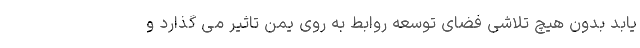
یابد بدون هیچ تلاشی فضای توسعه روابط به روی یمن تاثیر می گذارد و